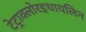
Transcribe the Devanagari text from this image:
टेट्राक्लोरइथायलिन